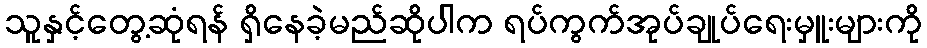
သူနှင့်တွေ့ဆုံရန် ရှိနေခဲ့မည်ဆိုပါက ရပ်ကွက်အုပ်ချုပ်ရေးမှူးများကို